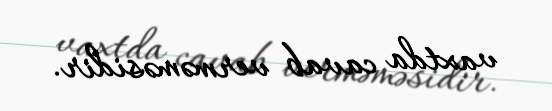
vaxtda cavab verməməsidir.